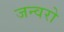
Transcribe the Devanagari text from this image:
जन्वरो